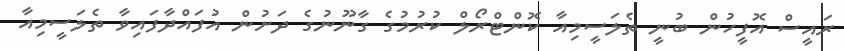
ރައީސް އޮފީހުން ބުނީ ތެލަސީމިއާ ކޮންޓްރޯލް ކުރުމުގެ ގާނޫނުގެ ދަށުން އުފައްދާފައިވާ ތެލަސީމިއާ